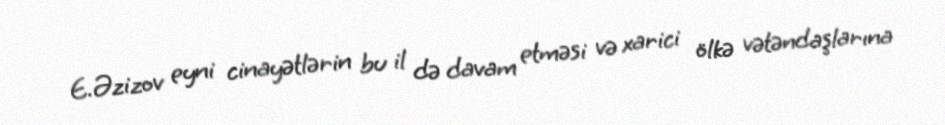
E.Əzizov eyni cinayətlərin bu il də davam etməsi və xarici ölkə vətəndaşlarına